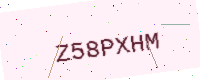
Text: Z58PXHM